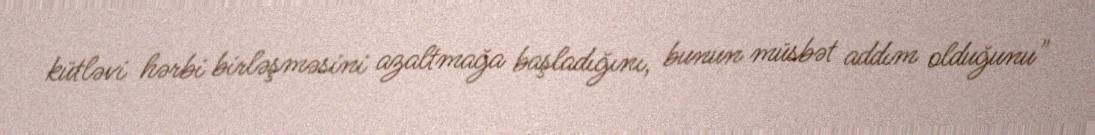
kütləvi hərbi birləşməsini azaltmağa başladığını, bunun müsbət addım olduğunu"